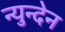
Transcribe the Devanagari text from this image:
न्युन्देन